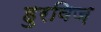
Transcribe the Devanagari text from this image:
हुरविज़